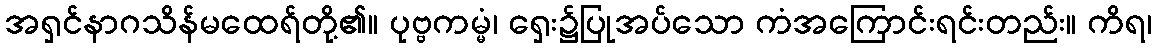
အရှင်နာဂသိန်မထေရ်တို့၏။ ပုဗ္ဗကမ္မံ၊ ရှေး၌ပြုအပ်သော ကံအကြောင်းရင်းတည်း။ ကိရ၊